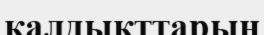
қалдықттарын